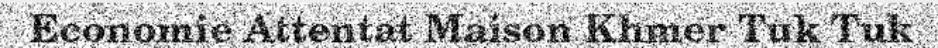
Economie Attentat Maison Khmer Tuk Tuk